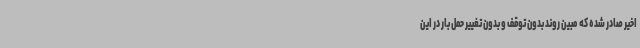
اخیر صادر شده که مبین روند بدون توقف و بدون تغییر حمل بار در این